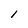
Character: l